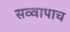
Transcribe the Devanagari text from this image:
सव्वापाच